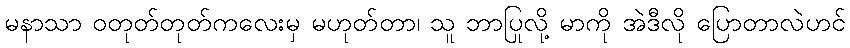
မနာသာ ဝတုတ်တုတ်ကလေးမှ မဟုတ်တာ၊ သူ ဘာပြုလို့ မာကို အဲဒီလို ပြောတာလဲဟင်